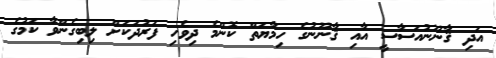
އަދި ޤާނޫނުއަސާސީ އާއި ޤާނޫނުގެ ހިމާޔަތް ކޮންމެ ދިވެހި ފަރުދަކަށް ލިބިގެންވާ ކަމުގެ